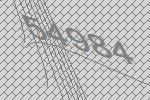
54984